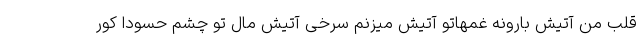
قلب من آتیش بارونه غمهاتو آتیش میزنم سرخی آتیش مال تو چشم حسودا کور